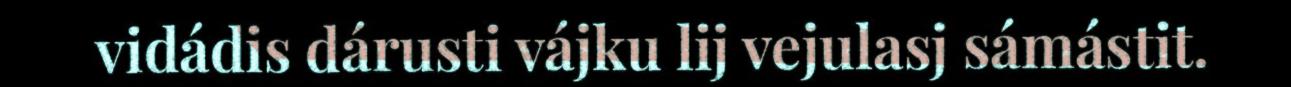
vidádis dárusti vájku lij vejulasj sámástit.